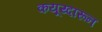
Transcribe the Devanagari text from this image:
कयूय्दारून